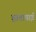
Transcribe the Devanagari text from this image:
हातापाई